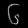
Digit: ၆